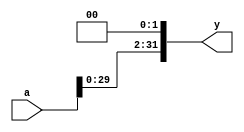
module cpu4_sl2 (
	input  [31:0] a,
	output [31:0] y
	);

	assign y = {a[29:0], 2'b00};
	
endmodule